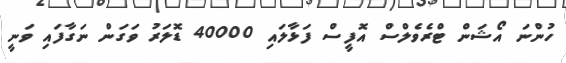
ހުންނަ އޯޝަން ޓްރެވެލްސް އޮފީސް ފަޅާލައި 40000 ޑޮލަރު ވަގަން ނަގާފައި ވަނީ